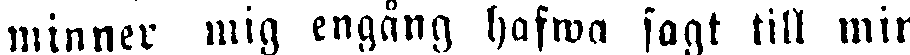
minner mig engång hafwa sagt till min